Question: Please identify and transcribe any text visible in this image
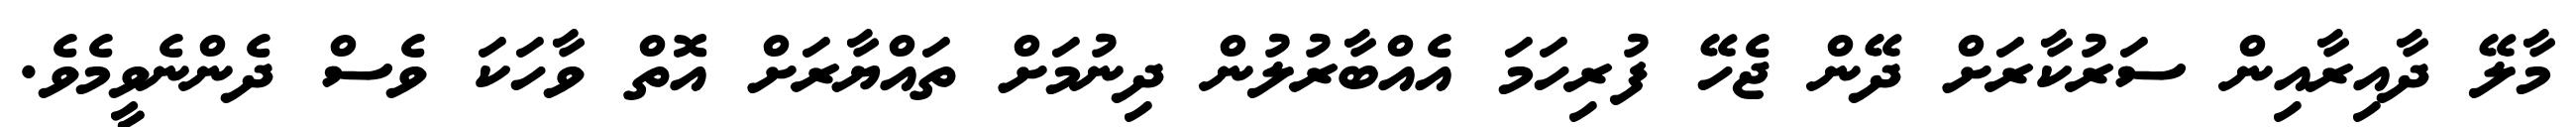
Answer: މާލޭ ދާއިރާއިން ސަރުކާރަށް ދޭން ޖެހޭ ފުރިހަމަ އެއްބާރުލުން ދިނުމަށް ތައްޔާރަށް އޮތް ވާހަކަ ވެސް ދެންނެވީމެވެ.